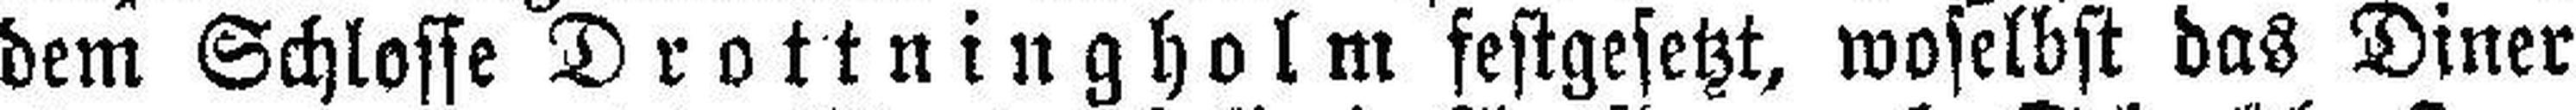
dem Schlosse Drottningholm festgesetzt, woselbst das Diner